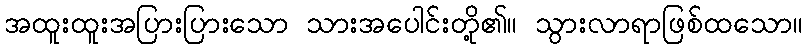
အထူးထူးအပြားပြားသော သားအပေါင်းတို့၏။ သွားလာရာဖြစ်ထသော။